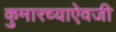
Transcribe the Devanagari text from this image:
कुमारच्याऐवजी